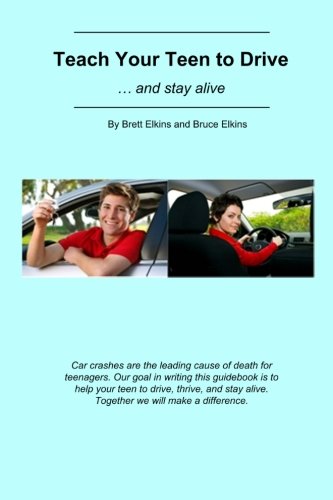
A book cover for Teach Your Teen to Drive: ... and stay alive; Mr. Brett Elkins; Test Preparation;